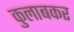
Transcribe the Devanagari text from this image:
कुलाबकर